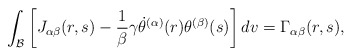
\begin{align*}\mathcal{\int_{B}}\left[J_{\alpha\beta}(r,s)-\frac{1}{\beta}\gamma\dot{\theta}^{(\alpha)}(r)\theta^{(\beta)}(s)\right]dv=\Gamma_{\alpha\beta}(r,s),\end{align*}